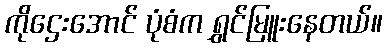
ကိုဌေးအောင် ပုံစံက ရွှင်မြူးနေတယ်။